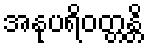
အနုပရိဝတ္တန္တိ